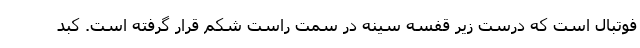
فوتبال است که درست زیر قفسه سینه در سمت راست شکم قرار گرفته است. کبد